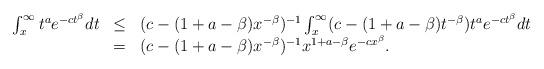
LaTeX: \begin{align*}\begin{array}{rcl}\int_x^{\infty}t^ae^{-ct^{\beta}}dt & \le & (c - (1+a-\beta)x^{-\beta})^{-1}\int_x^{\infty}(c - (1+a-\beta)t^{-\beta})t^ae^{-ct^{\beta}}dt \\& = & (c-(1+a-\beta)x^{-\beta})^{-1}x^{1+a-\beta}e^{-cx^{\beta}}.\end{array}\end{align*}